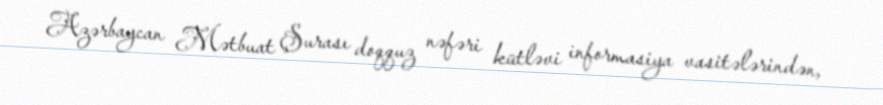
Azərbaycan Mətbuat Şurası doqquz nəfəri kütləvi informasiya vasitələrindən,